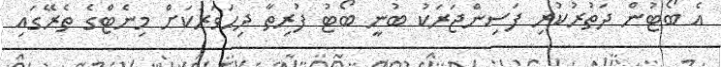
އެ ބޯޓުން ދަތުރުކުރި ފަސިންޖަރަަކު ބުނީ ބޯޓު ފުރިތާ ދިހަވަރަކަށް މިނެޓްގެ ތެރޭގައި